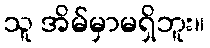
သူ အိမ်မှာမရှိဘူး။